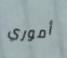
أموري